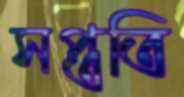
সপ্ততি